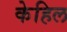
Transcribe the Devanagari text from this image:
केहिल